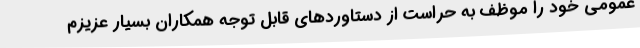
عمومی خود را موظف به حراست از دستاوردهای قابل توجه همکاران بسیار عزیزم